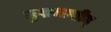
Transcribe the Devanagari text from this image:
मुखमासीद्